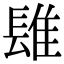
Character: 𨲈